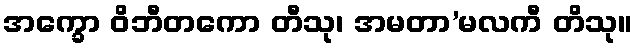
အက္ခော ဝိဘီတကော တီသု၊ အမတာ’မလကီ တိသု။